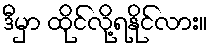
ဒီမှာ ထိုင်လို့ရနိုင်လား။